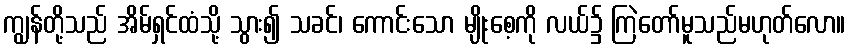
ကျွန်တို့သည် အိမ်ရှင်ထံသို့ သွား၍ သခင်၊ ကောင်းသော မျိုးစေ့ကို လယ်၌ ကြဲတော်မူသည်မဟုတ်လော။